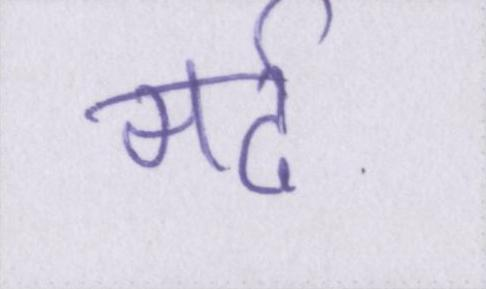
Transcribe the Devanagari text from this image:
मर्द